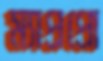
ম্যাপ্রপ্রো